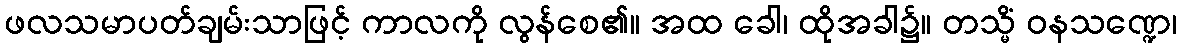
ဖလသမာပတ်ချမ်းသာဖြင့် ကာလကို လွန်စေ၏။ အထ ခေါ၊ ထိုအခါ၌။ တသ္မိံ ဝနသဏ္ဍေ၊